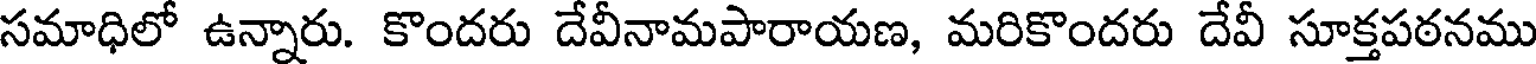
సమాధిలో ఉన్నారు. కొందరు దేవీనామపారాయణ, మరికొందరు దేవీ సూక్తపఠనము